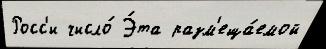
Росс'и число́ Э́та разм'еща́емой